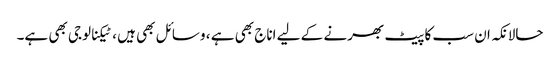
حالانکہ ان سب کا پیٹ بھرنے کے لیے اناج بھی ہے ، وسائل بھی ہیں ، ٹیکنالوجی بھی ہے۔